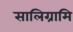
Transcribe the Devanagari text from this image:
सालिग्रामि